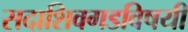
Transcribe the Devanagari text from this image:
सदाशिवगडविषयी